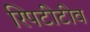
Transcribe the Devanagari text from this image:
रिपटीटीव